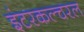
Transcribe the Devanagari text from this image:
इंटरकल्चरल